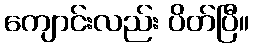
ကျောင်းလည်း ပိတ်ပြီ။